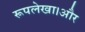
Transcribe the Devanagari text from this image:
रूपलेखा।और